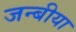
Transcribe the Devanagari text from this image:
जन्बीया